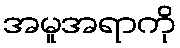
အမူအရာကို